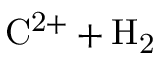
\mathrm { C ^ { 2 + } + H _ { 2 } }